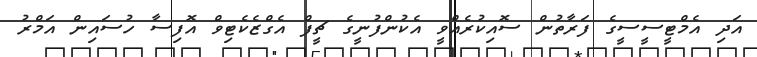
އަދި އެމްޓީސީސީގެ ފަރާތުން ސޮއިކުރެއްވީ އެކުންފުނީގެ ޗީފް އެގްޒެކެޓިވް އޮފިސާ ހުސައިން އަމްރު